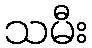
သမီး